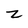
Character: z